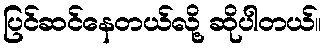
ပြင်ဆင်နေတယ်လို့ ဆိုပါတယ်။